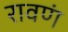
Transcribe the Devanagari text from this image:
रावणं